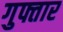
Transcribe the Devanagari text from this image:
गुफ्तार